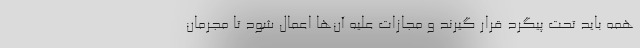
همه باید تحت پیگرد قرار گیرند و مجازات علیه آن‌ها اعمال شود تا مجرمان